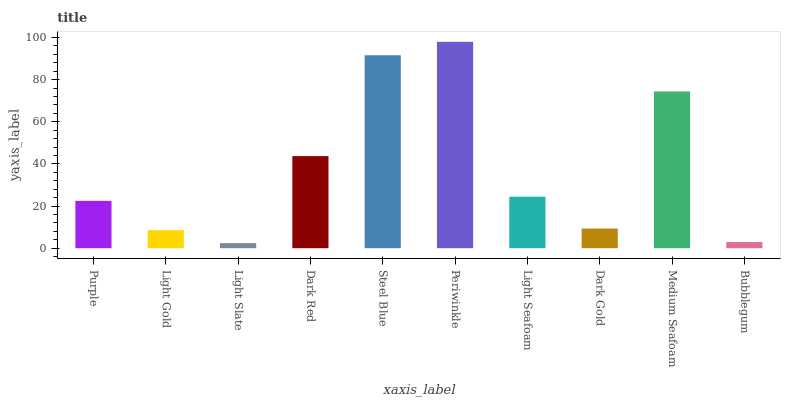
| xaxis_label | bars |
 | --- | --- |
 | Purple | 22.5 |
 | Light Gold | 8.55 |
 | Light Slate | 2.39 |
 | Dark Red | 43.7 |
 | Steel Blue | 91.6 |
 | Periwinkle | 97.9 |
 | Light Seafoam | 24.4 |
 | Dark Gold | 9.33 |
 | Medium Seafoam | 74.4 |
 | Bubblegum | 2.93 |